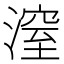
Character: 潌